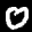
Label: 0